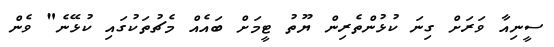
ސީނިއާ ވަރަށް ގިނަ ކުޅުންތެރިން ޔޫތު ޓީމަށް ބައެއް މެޗުތަކުގައި ކުޅޭނެ" ވެން